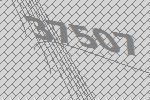
37507